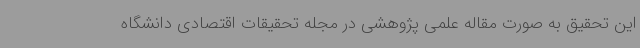
این تحقیق به صورت مقاله علمی پژوهشی در مجله تحقیقات اقتصادی دانشگاه